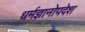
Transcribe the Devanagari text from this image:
धर्मज्ञानोपदेश